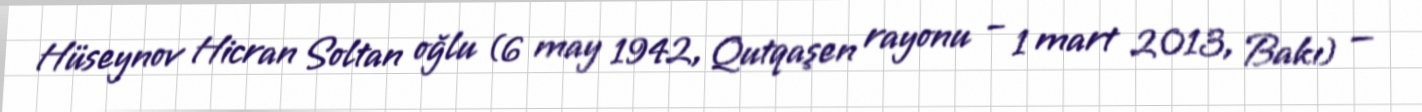
Hüseynov Hicran Soltan oğlu (6 may 1942, Qutqaşen rayonu – 1 mart 2013, Bakı) —